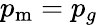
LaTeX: p_{\mathrm{m}}=p_{g}